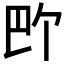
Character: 𪩬